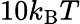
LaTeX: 10k_{\mathrm{B}}T